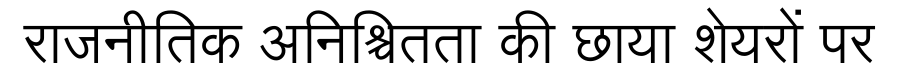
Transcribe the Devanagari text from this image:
राजनीतिक अनिश्चितता की छाया शेयरों पर